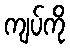
ကျပ်ကို